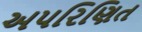
અપરિણિત